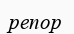
репор